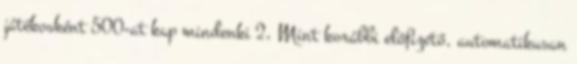
játékosként 500-at kap mindenki 2, Mint korábbi előfizető, automatikusan